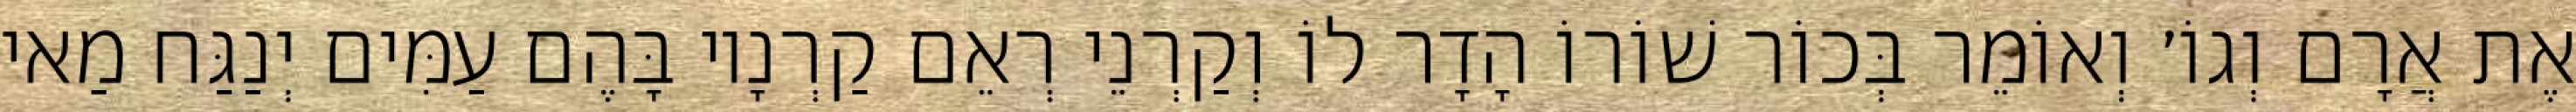
אֶת אֲרָם וְגוֹ׳ וְאוֹמֵר בְּכוֹר שׁוֹרוֹ הָדָר לוֹ וְקַרְנֵי רְאֵם קַרְנָיו בָּהֶם עַמִּים יְנַגַּח מַאי